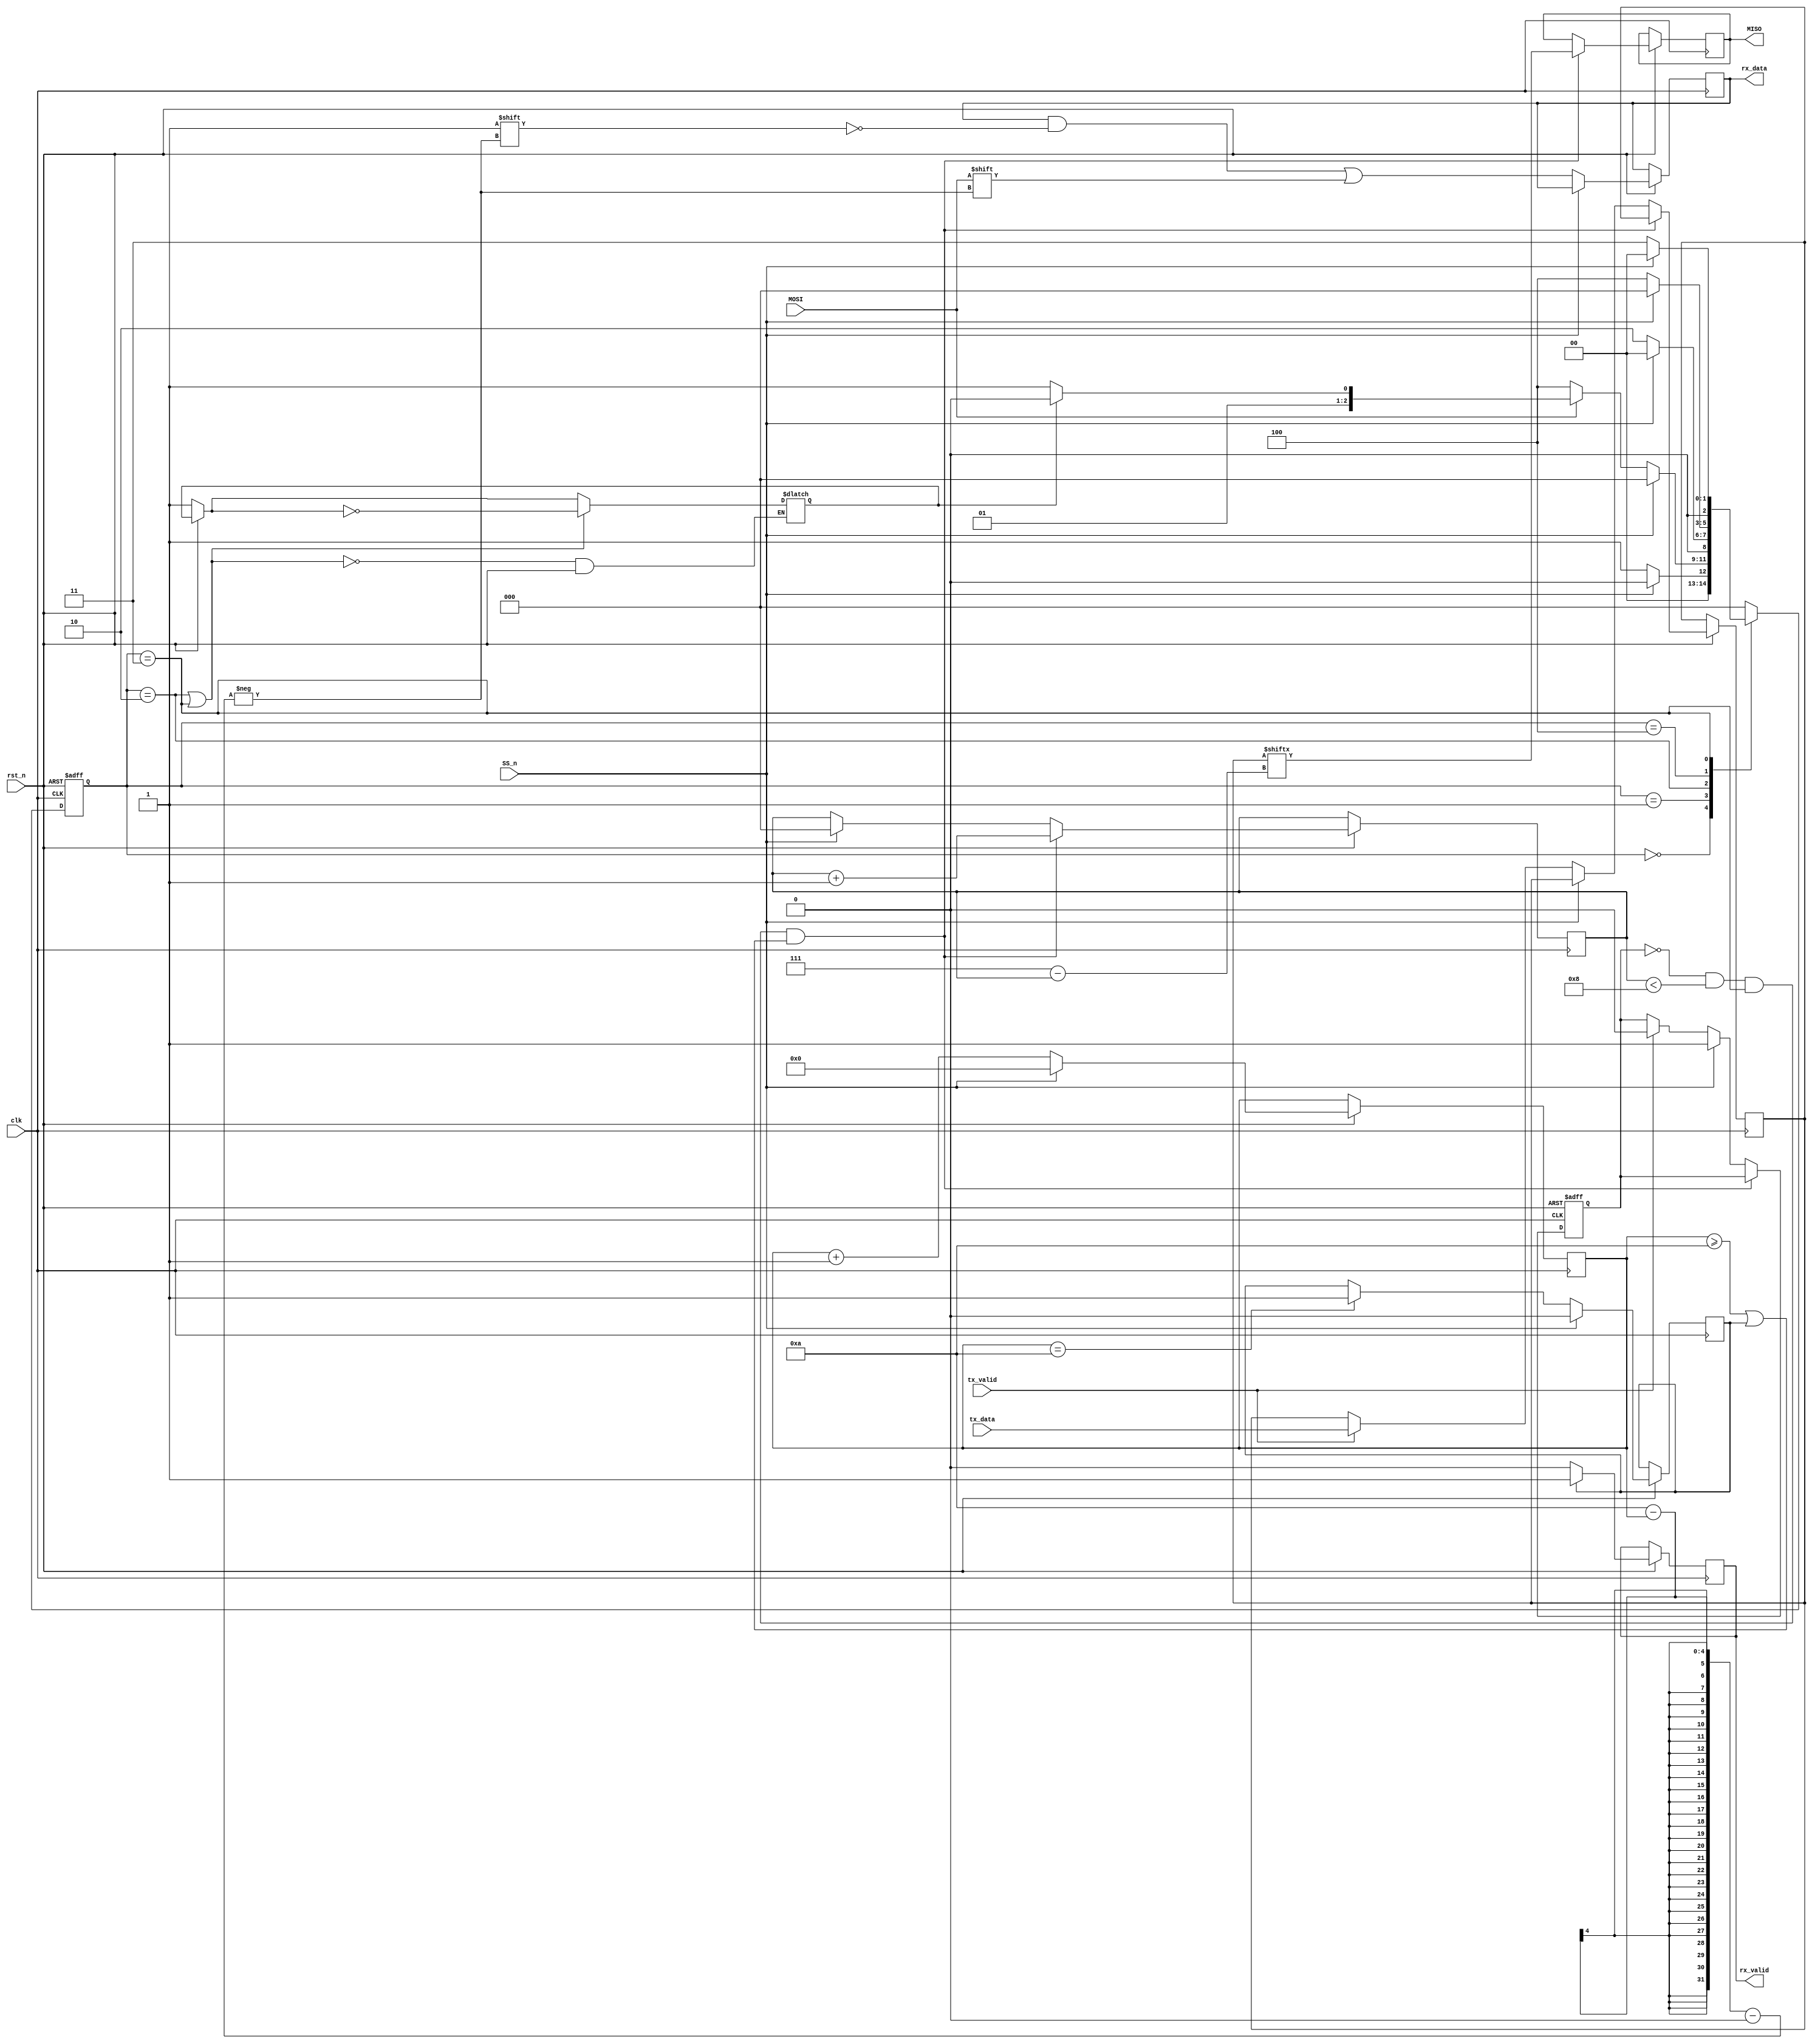
//
module project_SPI_slave #(parameter IDLE = 3'b000,
                           CHK_CMD = 3'b001,
                           READ_ADD = 3'b010,         //master sending an addr to read from RAM
                           READ_DATA = 3'b011,        //RAM sending the data in the sent address from READ_ADD
                           WRITE = 3'b100)
                          (input wire clk,
                           rst_n,
                           MOSI,
                           SS_n,
                           tx_valid,
                           input wire [7:0] tx_data,
                           output reg MISO,
                           rx_valid,
                           output reg [9:0] rx_data);
reg [2:0] cs,ns;

                       //serial to parallel and vice versa
reg [3:0] MOSI_count;  //to count received bits from master ..10 bits
reg MOSI_done;
reg [7:0] MISO_temp;  //to save parallel data recieved from RAM and send it serially to MISO
reg [2:0] MISO_count; //to count received bits from RAM ..8 bits
reg MISO_done;

//ADDRESS or DATA
reg addr_or_data;
//if 1: address..if 0: data, deafult (1..because address is sent first) with each reset , then it's inverted with each READ_ADD/DATA states
always @(rst_n or cs) begin
    if (!rst_n)begin
        addr_or_data = 1; //default
      
    end
    
    if (cs == READ_ADD || cs == READ_DATA)
        addr_or_data = ~addr_or_data;
        end
    
    
    //memory state logic
    always @(posedge clk or negedge rst_n) begin
        if (!rst_n)
            cs <= IDLE;
        else
            cs <= ns;
    end
    
    
    //next state logic
    always @(cs,SS_n,MOSI,addr_or_data)
        case (cs)
            IDLE:
            if (!SS_n)
                ns = CHK_CMD;
            else
                ns = IDLE;
            
            CHK_CMD:
            if (SS_n)
                ns = IDLE;
            else begin
                if (!MOSI)
                    ns = WRITE;
                else begin
                    if (addr_or_data)
                        ns = READ_ADD;
                    else
                        ns = READ_DATA;
                end
            end
            
            READ_ADD:
            if (SS_n)
                ns = IDLE;
            else
                ns = READ_ADD;
            
            WRITE:
            if (SS_n)
                ns = IDLE;
            else
                ns = WRITE;
            
            READ_DATA:
            if (SS_n)
                ns = IDLE;
            else
                ns = READ_DATA;
            
            default: ns = IDLE;
        endcase
    
    //OUTPUT LOGIC
    always @(posedge clk or negedge rst_n) begin
        if(!rst_n)
        begin
              MISO_done    = 1; 
        end else begin
              //serial input from master via MOSI to parallel ouput to RAM via rx_data through a temp reg
        //no communication
        if (SS_n) begin
            MOSI_count <= 0;
            MOSI_done  <= 0;
           

        end
        //communication
        else begin
                                        //MOSI_count starts with 0 and is supposed to stop at 9
        rx_data[10-MOSI_count] <= MOSI; //MSB is recived 1st
        MOSI_count             <= MOSI_count+1;
        if (MOSI_count == 10) begin
            MOSI_done <= 1;
        end
        end
      
        
        //master done sending addr(read or write) OR data(write)
        if (MOSI_done) begin
            rx_valid <= 1;
        end
        else begin
            rx_valid <= 0;
        end
        //tx_data recieved from RAM at output "MISO" serially
        
        if (!MISO_done && MISO_count<8 && cs == READ_DATA && (MOSI_count>= 10||MOSI_done)) begin
            MISO       <= MISO_temp[7-MISO_count]; //output LSB 1st
            MISO_count <= MISO_count+1;
        end else if(SS_n) begin
            MISO_count <=0;
             MISO_done  <= 1;
        end else   //RAM sent read data
        if (tx_valid) begin
            MISO_temp <= tx_data;
            MISO_done <= 0;
        end 
        end
      
    
end
endmodule